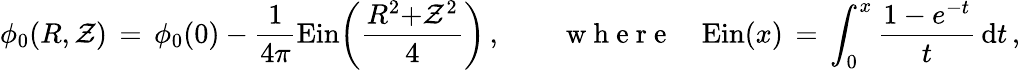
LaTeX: \phi_{0}(R,\mathcal{Z})\, =\, \phi_{0}(0)-\frac{{1}}{{4\pi}}\mathrm{{Ein}}\biggl(\frac{{R^{2}{+}\mathcal{Z}^{2}}}{{4}}\biggr)\, ,\qquad\mathrm{{~w~h~e~r~e~}}\quad\mathrm{{Ein}}(x)\, =\, \int_{0}^{x}\frac{{1-e^{-t}}}{{t}}\, \mathrm{{d}}t\, ,